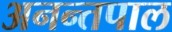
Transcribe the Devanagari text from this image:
अनन्तपाल